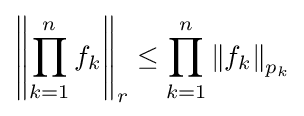
\left\|\prod _{k=1}^{n}f_{k}\right\|_{r}\leq \prod _{k=1}^{n}\left\|f_{k}\right\|_{p_{k}}